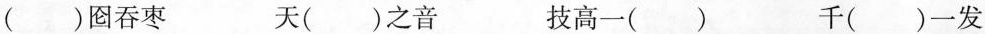
( )囵吞枣 天( )之音 技高一( ) 千( )-发